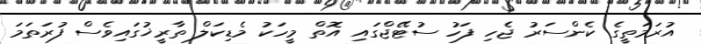
އުރަމަތީގެ ކެންސަރު ޖެހި ފަހު ސުޓޭޖްގައި އޮތް މީހަކު މެޑިކަލް ތާރީޚުގައިވެސް ފުރަތަމަ